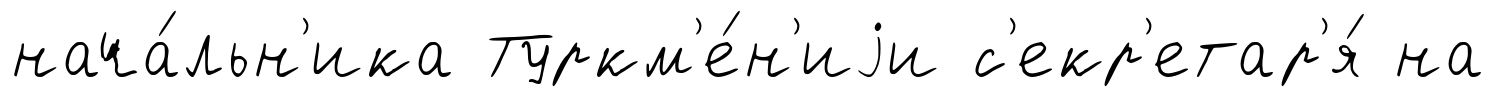
нача́льн'ика Туркм'е́н'иjи с'екр'етар'я́ на